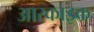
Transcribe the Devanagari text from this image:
आरकाइक